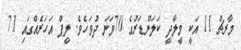
މާރޗް 11 އަކީ މީލާދީ ކަލަންޑަރުގެ 70ވަނަ ދުވަހެވެ. ލީޕް އަހަރެއްގައި 71